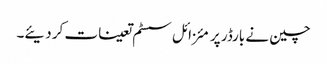
چین نے بارڈر پر مئزائل سسٹم تعینات کر دیئے۔